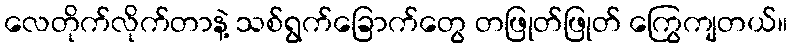
လေတိုက်လိုက်တာနဲ့ သစ်ရွက်ခြောက်တွေ တဖြုတ်ဖြုတ် ကြွေကျတယ်။